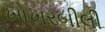
ખોખરબીલી